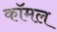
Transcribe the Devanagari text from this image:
कॉमल